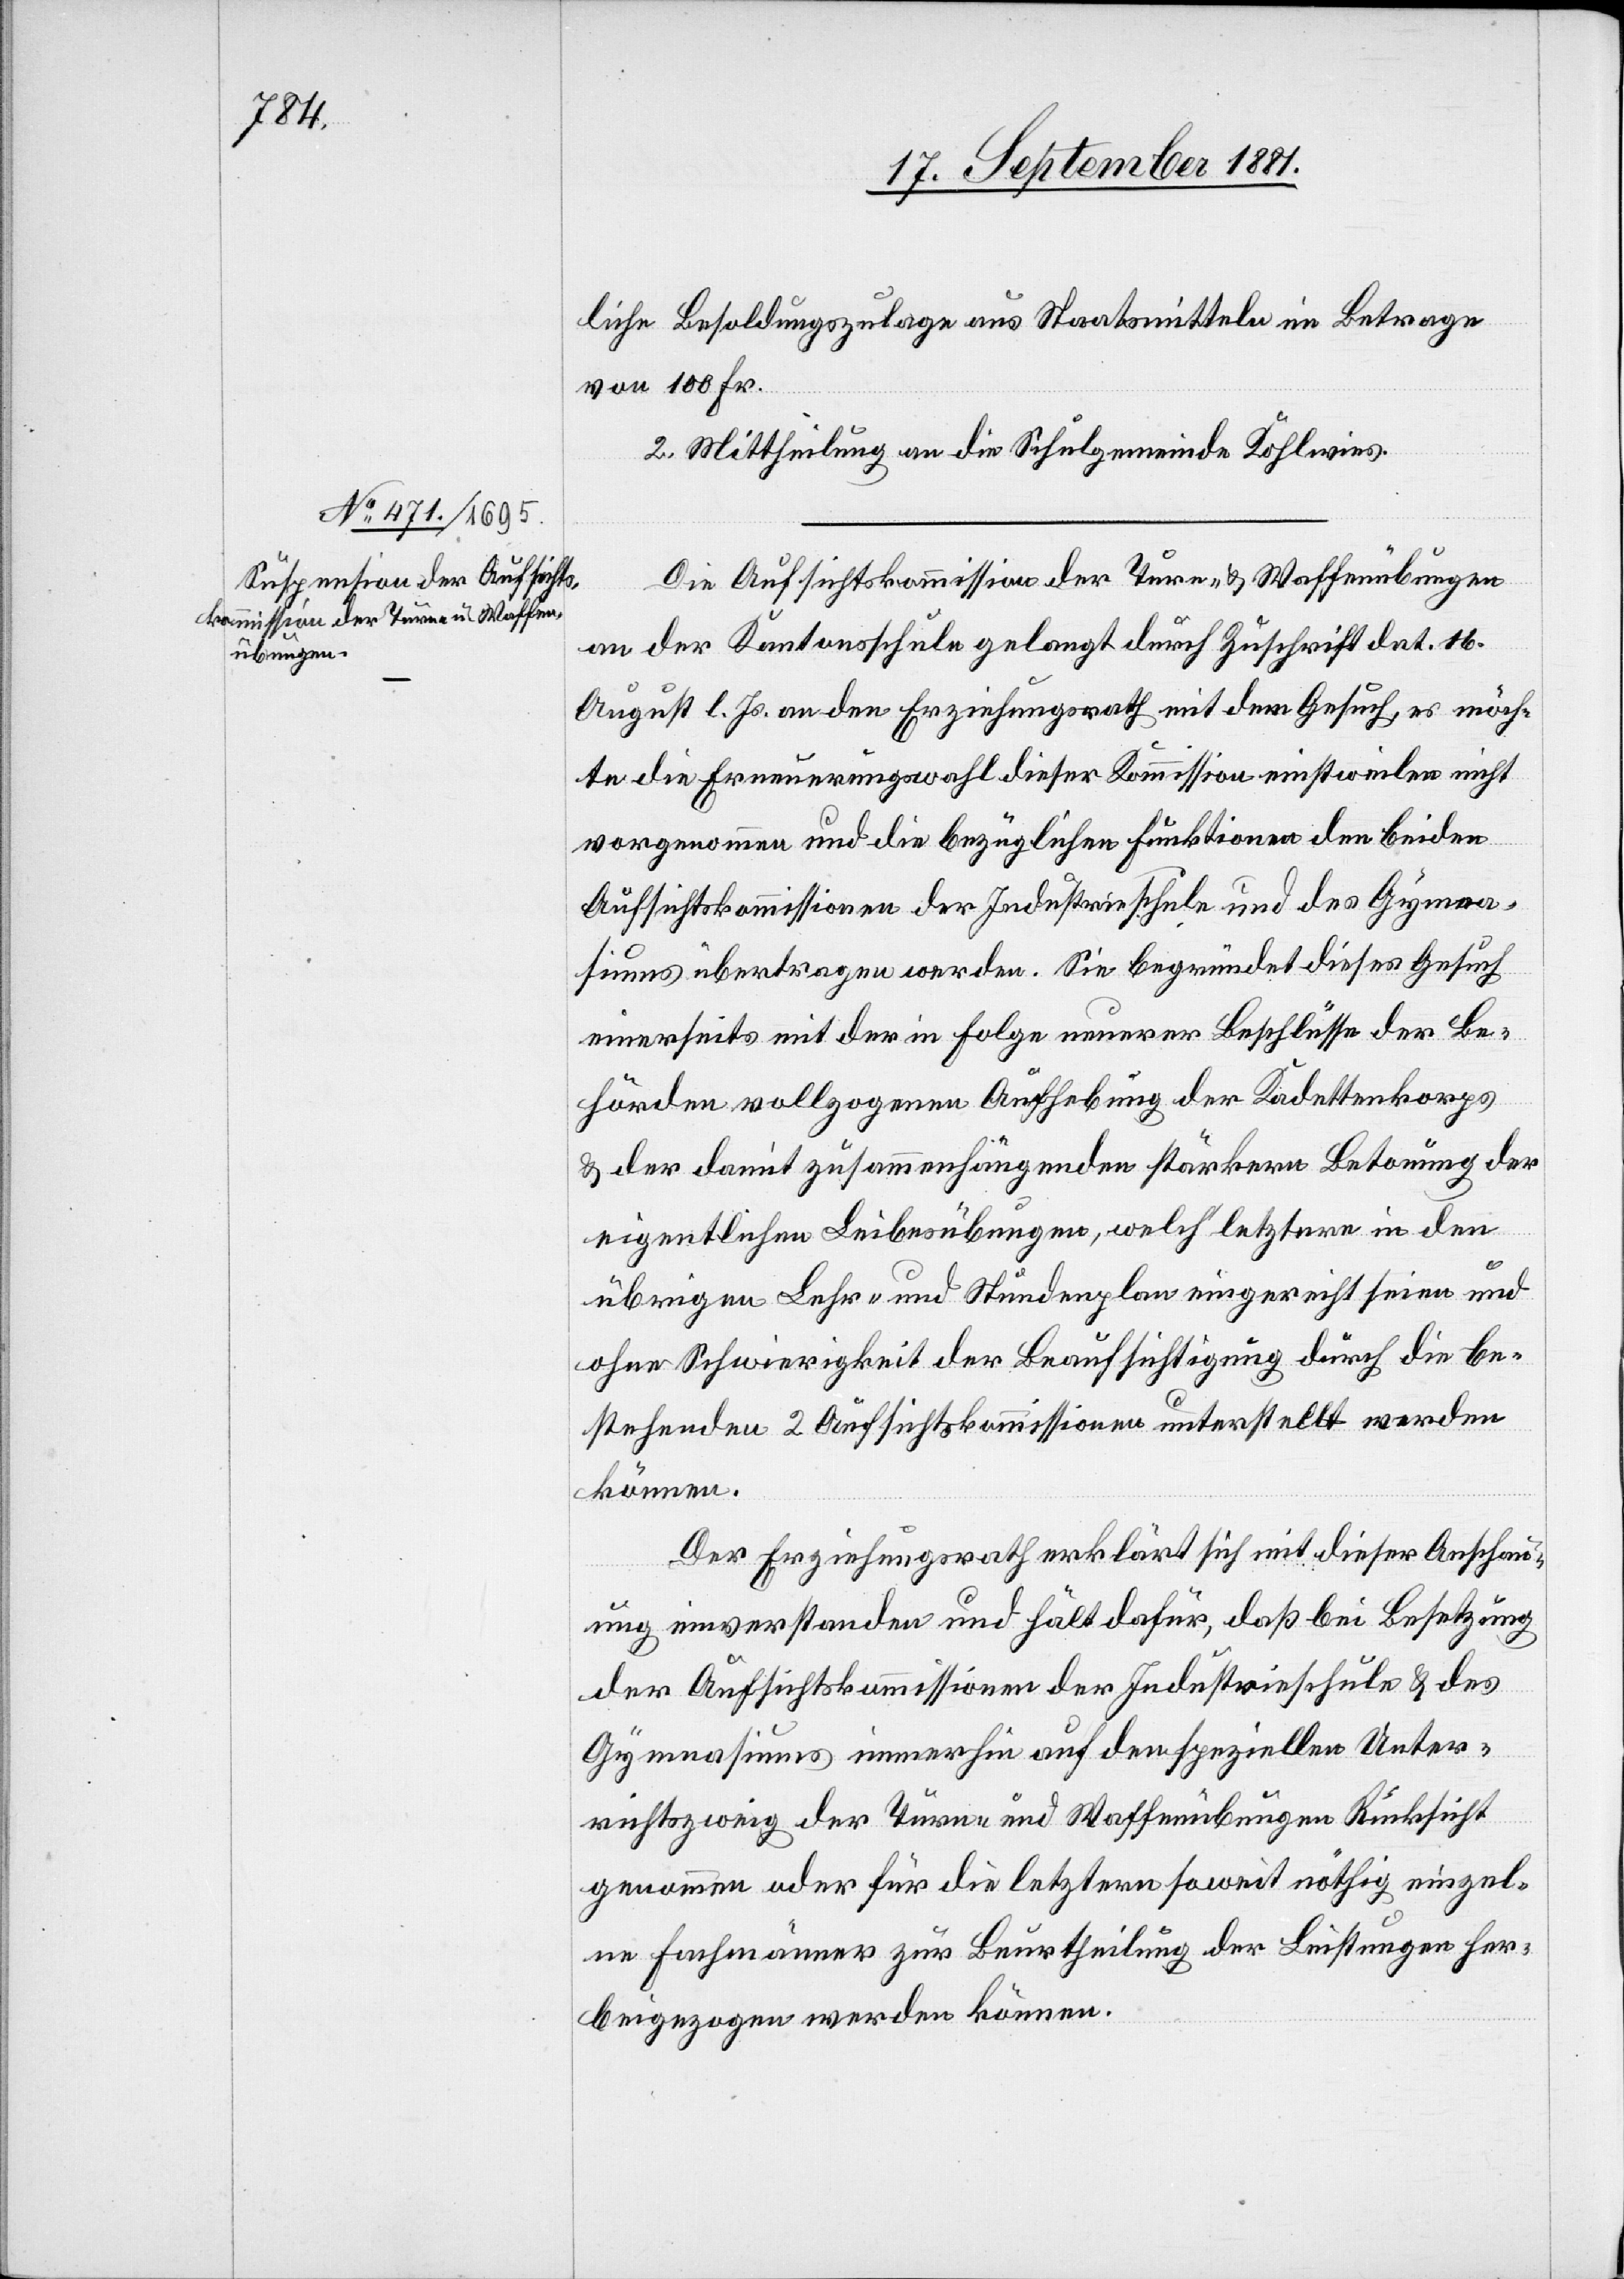
liche Besoldungszulage aus Staatsmitteln im Betrage
von 100 Fr.
2. Mittheilung an die Schulgemeinde Kohlwies.
Die Aufsichtskommission der Turn- & Waffenübungen
an der Kantonsschule gelangt durch Zuschrift dat. 16.
August l. Js. an den Erziehungsrath mit dem Gesuch, es möch¬
te die Erneuerungswahl dieser Kommission einstweilen nicht
vorgenommen und die bezüglichen Funktionen den beiden
Aufsichtskommissionen der Industrieschule und das Gymna¬
siums übertragen werden. Sie begründet dieses Gesuch
einerseits mit der in Folge neuerer Beschlüsse der Be¬
hörden vollzogenen Aufhebung der Kadettenkorps
& der damit zusammenhängenden stärkern Betonung der
eigentlichen Leibesübungen, welch letztern in den
übrigen Lehr- und Stundenplan eingereicht seine und
ohne Schwierigkeit der Beaufsichtigung durch die be¬
stehenden 2 Aufsichtskommissionen unterstellt werden
können.
Der Erziehungsrath erklärt sich mit dieser Anschau¬
ung einverstanden und hält dafür, daß bei Besetzung
der Aufsichtskommissionen der Industrieschule & des
Gymnasiums immerhin auf dem speziellen Unter¬
richtszweig der Türme und Waffenübungen Rücksicht
genommen oder für die letztern soweit nöthig einzel¬
ne Fachmänner zur Beurtheilung der Leistungen her¬
beigezogen werden können.